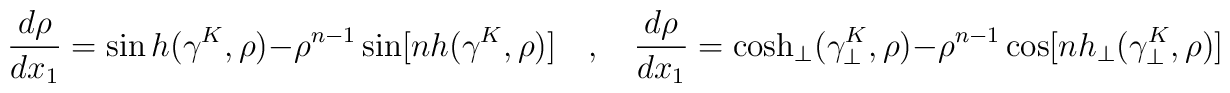
\frac{d \rho}{d x_1}= \sin h(\gamma^K,\rho)-  \rho^{n-1} \sin [nh(\gamma^K,\rho)]\hspace{0.4cm}, \hspace{0.4cm} \frac{d \rho}{d x_1}= \cosh_\perp(\gamma_\perp^K,\rho)-  \rho^{n-1} \cos [nh_\perp(\gamma_\perp^K,\rho)]